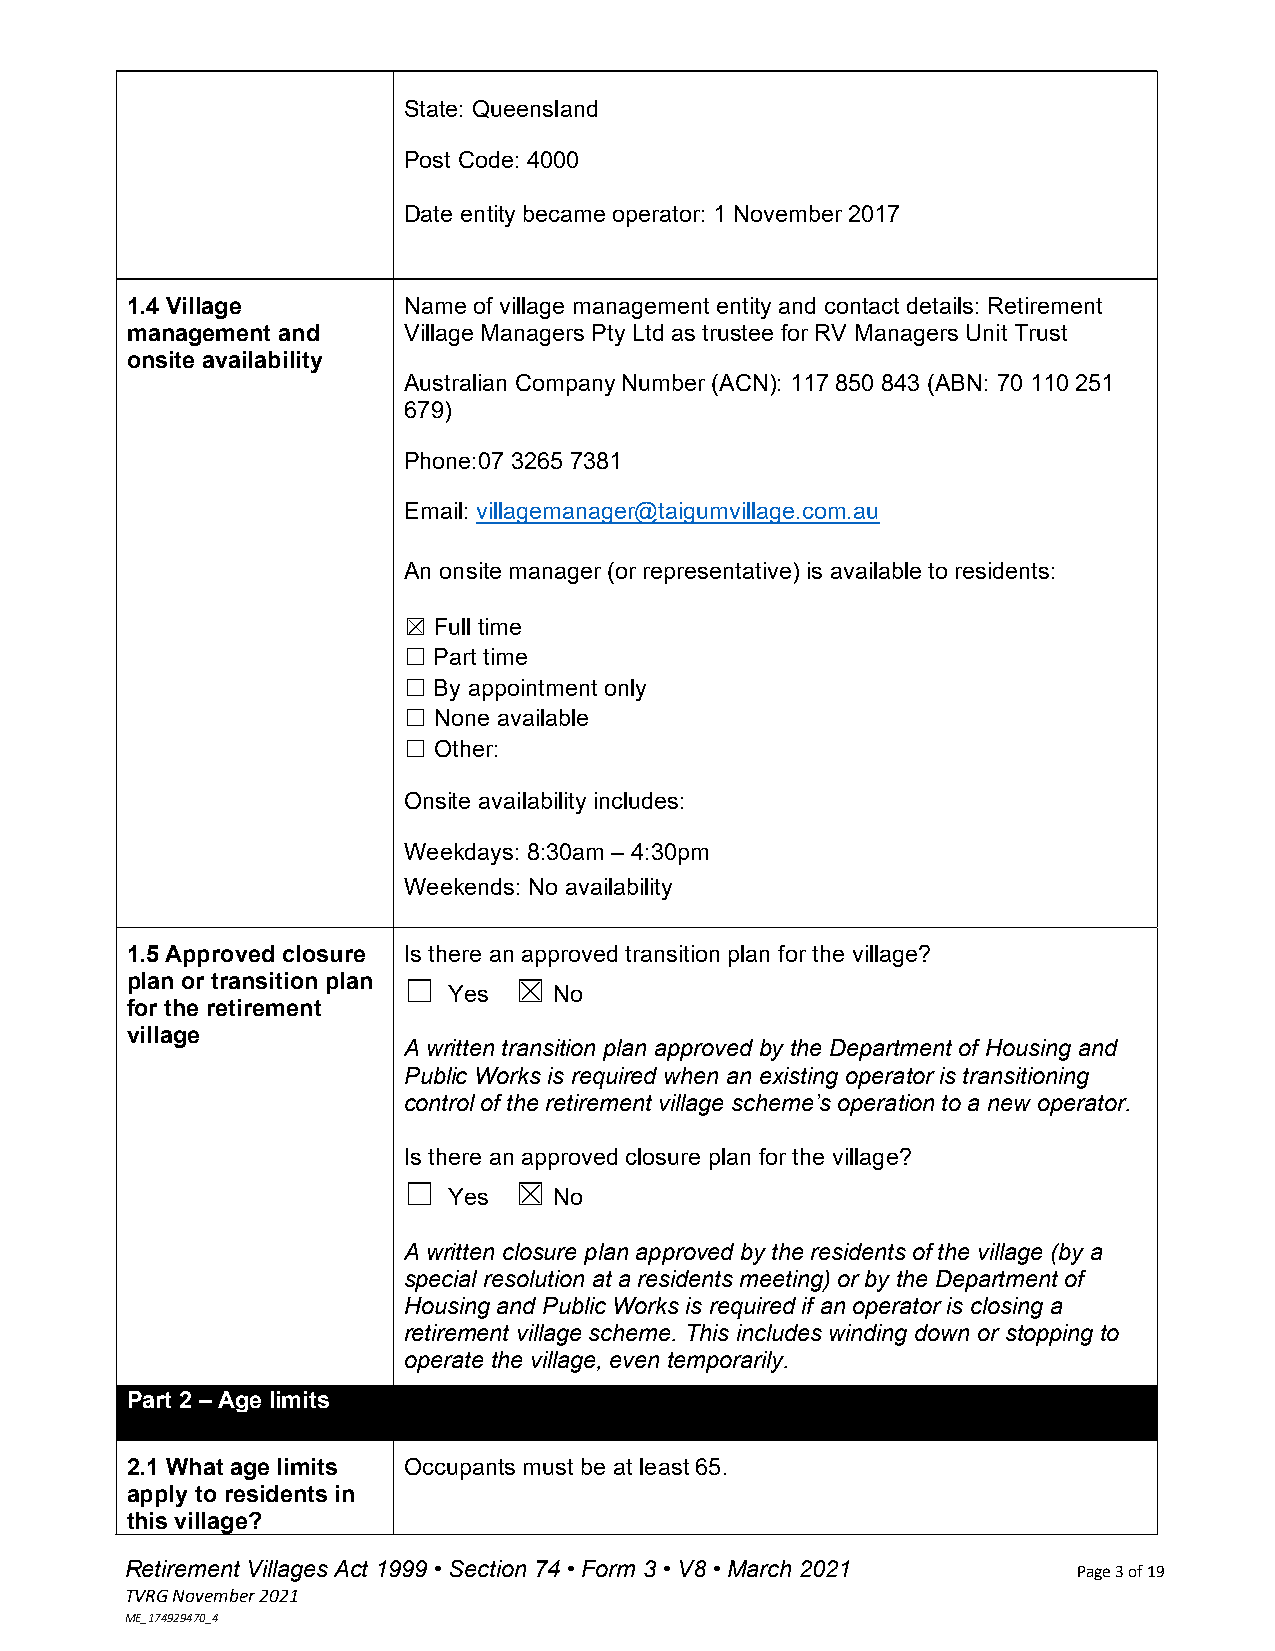
State: Queensland
 Post Code: 4000
 Date entity became operator: 1 November 2017
 1.4 Village        Name of village management entity and contact details: Retirement
 management and     Village Managers Pty Ltd as trustee for RV Managers Unit Trust
 onsite availability
 Australian Company Number (ACN): 117 850 843 (ABN: 70 110 251
 679)
 Phone:07 3265 7381
 Email: villagemanager@taigumvillage.com.au
 An onsite manager (or representative) is available to residents:
 ☒ Full time
 ☐ Part time
 ☐ By appointment only
 ☐ None available
 ☐ Other:
 Onsite availability includes:
 Weekdays: 8:30am – 4:30pm
 Weekends: No availability
 1.5 Approved closure Is there an approved transition plan for the village?
 plan or transition plan ☐ ☒
 Yes    No
 for the retirement
 village
 A written transition plan approved by the Department of Housing and
 Public Works is required when an existing operator is transitioning
 control of the retirement village scheme’s operation to a new operator.
 Is there an approved closure plan for the village?
 ☐      ☒
 Yes    No
 A written closure plan approved by the residents of the village (by a
 special resolution at a residents meeting) or by the Department of
 Housing and Public Works is required if an operator is closing a
 retirement village scheme. This includes winding down or stopping to
 operate the village, even temporarily.
 Part 2 – Age limits
 2.1 What age limits Occupants must be at least 65.
 apply to residents in
 this village?
 Retirement Villages Act 1999 • Section 74 • Form 3 • V8 • March 2021 Page 3 of 19
 TVRG November 2021
 ME_174929470_4